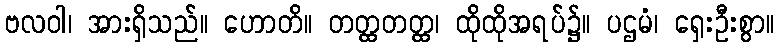
ဗလဝါ၊ အားရှိသည်။ ဟောတိ။ တတ္ထတတ္ထ၊ ထိုထိုအရပ်၌။ ပဌမံ၊ ရှေးဦးစွာ။